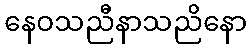
နေဝသညီနာသညိနော